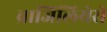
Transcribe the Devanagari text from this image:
ब्राजिलियेरो